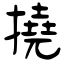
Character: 撓